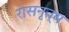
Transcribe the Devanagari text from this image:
रासनृत्य